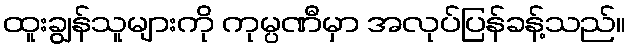
ထူးချွန်သူများကို ကုမ္ပဏီမှာ အလုပ်ပြန်ခန့်သည်။